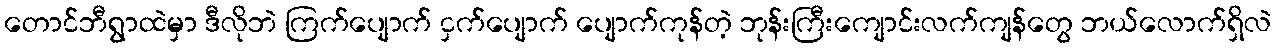
တောင်ဘီရွာထဲမှာ ဒီလိုဘဲ ကြက်ပျောက် ငှက်ပျောက် ပျောက်ကုန်တဲ့ ဘုန်းကြီးကျောင်းလက်ကျန်တွေ ဘယ်လောက်ရှိလဲ